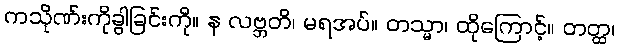
ကသိုဏ်းကိုခွါခြင်းကို။ န လဗ္ဘတိ၊ မရအပ်။ တသ္မာ၊ ထိုကြောင့်။ တတ္ထ၊